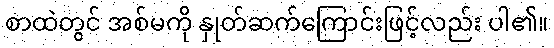
စာထဲတွင် အစ်မကို နှုတ်ဆက်ကြောင်းဖြင့်လည်း ပါ၏။